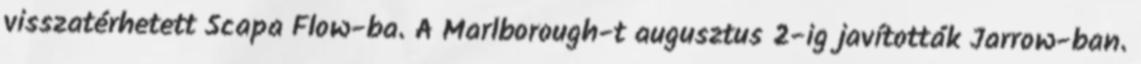
visszatérhetett Scapa Flow-ba. A Marlborough-t augusztus 2-ig javították Jarrow-ban.